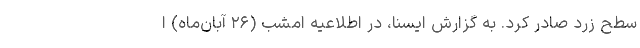
سطح زرد صادر کرد. به گزارش ایسنا، در اطلاعیه امشب (۲۶ آبان‌ماه) ا